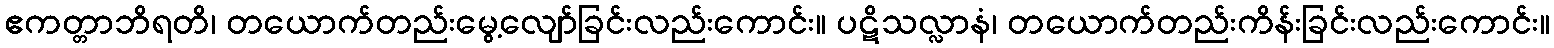
ဧကတ္တာဘိရတိ၊ တယောက်တည်းမွေ့လျော်ခြင်းလည်းကောင်း။ ပဋိသလ္လာနံ၊ တယောက်တည်းကိန်းခြင်းလည်းကောင်း။